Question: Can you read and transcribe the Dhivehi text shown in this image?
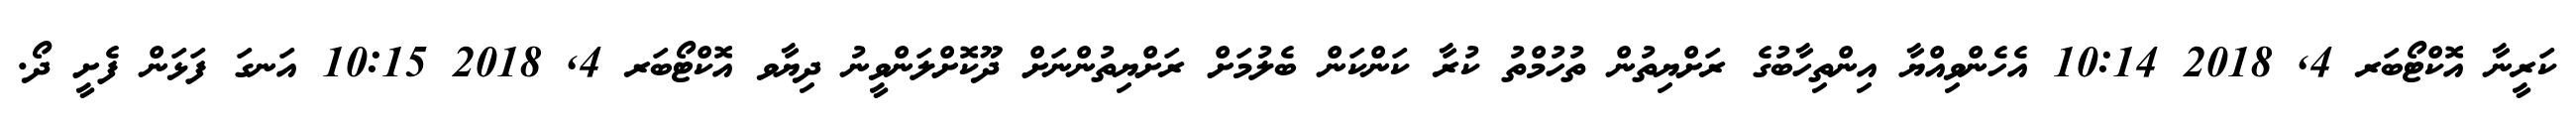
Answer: ކަރީނާ އޮކްޓޯބަރ 4, 2018 10:14 އެހެންވިއްޔާ އިންތިހާބުގެ ރަށްޔިތުން ތުހުމްތު ކުރާ ކަންކަން ބެލުމަށް ރަށްޔިތުންނަށް ދޫކޮށްލަންވީނު ދިޔާވ އޮކްޓޯބަރ 4, 2018 10:15 އަނގަ ފަޅަން ފެށީ ދޯ.